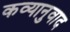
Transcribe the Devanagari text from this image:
कव्यानुवाद